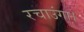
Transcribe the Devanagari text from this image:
रचाउंगा।